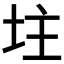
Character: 𡊲